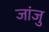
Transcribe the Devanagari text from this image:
जांजु